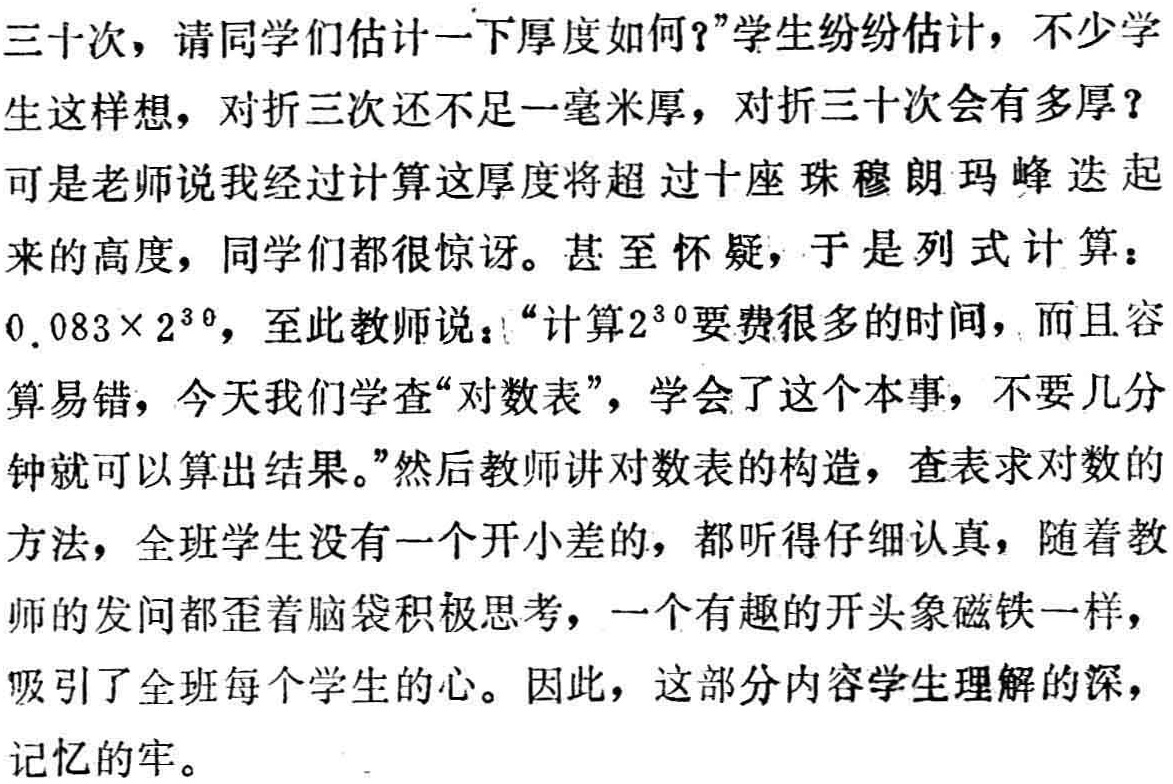
三十次，请同学们估计一下厚度如何？”学生纷纷估计，不少学生这样想，对折三次还不足一毫米厚，对折三十次会有多厚？可是老师说我经过计算这厚度将超过十座珠穆朗玛峰迭起来的高度，同学们都很惊讶。甚至怀疑，于是列式计算：\(0.083\times 2^{30}\)，至此教师说：“计算\(2^{30}\)要费很多的时间，而且容易算易错，今天我们学查“对数表”，学会了这个本事，不要几分钟就可以算出结果。”然后教师讲对数表的构造，查表求对数的方法，全班学生没有一个开小差的，都听得仔细认真，随着教师的发问都歪着脑袋积极思考，一个有趣的开头象磁铁一样，吸引了全班每个学生的心。因此，这部分内容学生理解的深，记忆的牢。